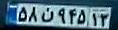
۵۸ن۹۴۵۱۳